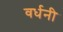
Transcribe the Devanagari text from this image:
वर्धनी